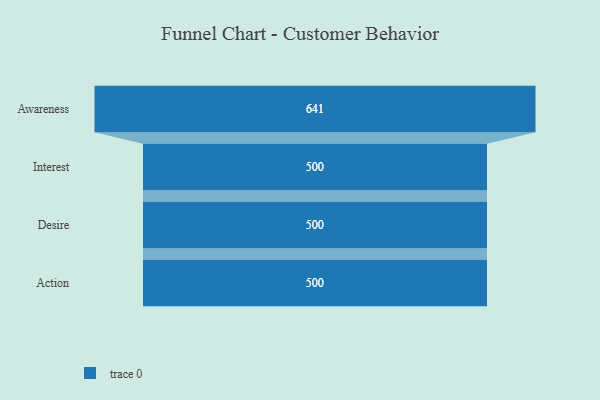
{"axis": {"x": "Stage", "y": "Value"}, "legend": [""], "data": [{"x": "Awareness", "y": 641.0, "type": ""}, {"x": "Interest", "y": 500, "type": ""}, {"x": "Desire", "y": 500, "type": ""}, {"x": "Action", "y": 500, "type": ""}]}